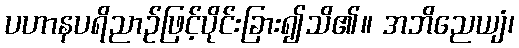
ပဟာနပရိညာဉ်ဖြင့်ပိုင်းခြား၍သိ၏။ အဘိညေယျံ၊